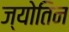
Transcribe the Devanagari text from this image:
ज्योतिन